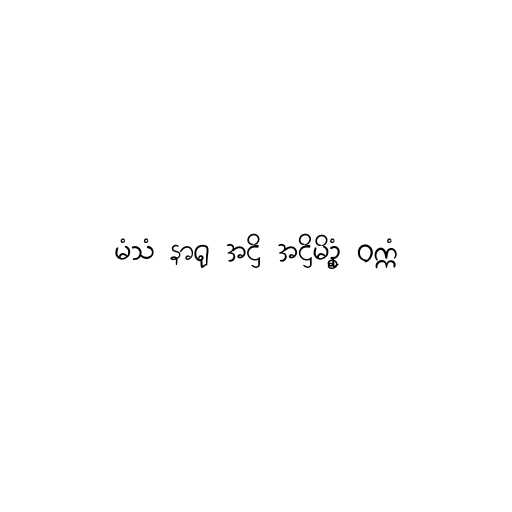
မံသံ နာရု အဋ္ဌိ အဋ္ဌိမိဥ္စံ ဝက္ကံ